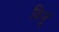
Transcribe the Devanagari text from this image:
विजूं